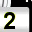
Digit: 2